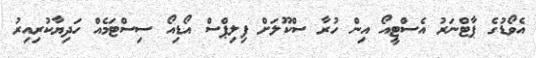
އެވޯޑުގެ ޕާޓްނަރު އެސްޓީއޯ އިން ހުރާ ސްކޫލަށް ފިލިޕްސް އޯޑިއޯ ސިސްޓަމެއް ހަދިޔާކުރިއިރު